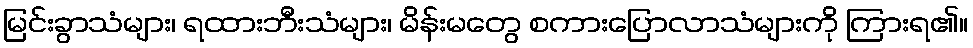
မြင်းခွာသံများ၊ ရထားဘီးသံများ၊ မိန်းမတွေ စကားပြောလာသံများကို ကြားရ၏။